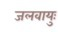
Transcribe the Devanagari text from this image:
जलवायुः